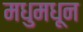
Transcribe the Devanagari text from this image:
मधुमधून